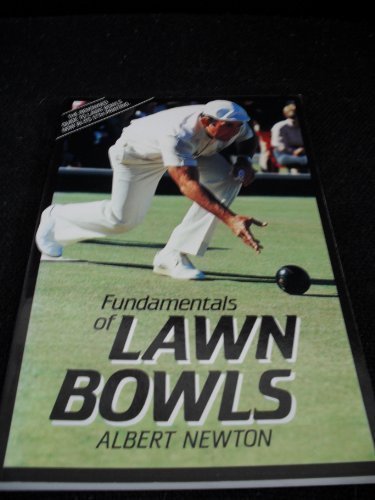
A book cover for Fundamentals of Lawn Bowls; Albert Newton; Sports & Outdoors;